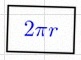
2\pi r